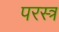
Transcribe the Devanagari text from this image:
परस्त्र